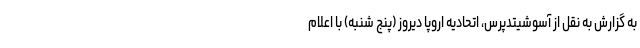
به گزارش به نقل از آسوشیتدپرس، اتحادیه اروپا دیروز (پنج شنبه) با اعلام